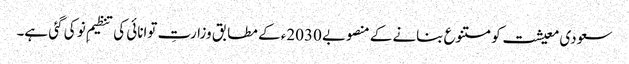
سعودی معیشت کو متنوع بنانے کے منصوبے 2030ء کے مطابق وزارتِ توانائی کی تنظیمِ نو کی گئی ہے۔